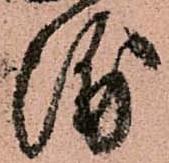
浦